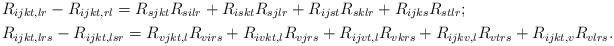
LaTeX: \begin{align*} &R_{ijkt, lr}-R_{ijkt, rl} = R_{sjkt}R_{silr}+R_{iskt}R_{sjlr}+R_{ijst}R_{sklr}+R_{ijks}R_{stlr}; \\ &R_{ijkt, lrs}-R_{ijkt, lsr} = R_{vjkt, l}R_{virs}+R_{ivkt, l}R_{vjrs}+R_{ijvt, l}R_{vkrs}+R_{ijkv, l}R_{vtrs}+R_{ijkt, v}R_{vlrs}. \end{align*}